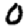
Digit: 0